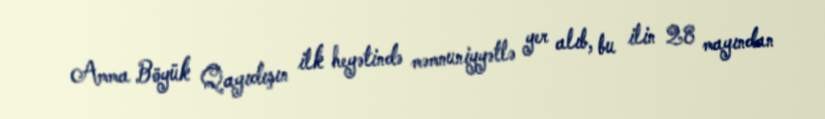
Amma Böyük Qayıdışın ilk heyətində məmnuniyyətlə yer alıb, bu ilin 28 mayından